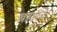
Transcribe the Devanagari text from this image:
खाणींचे